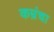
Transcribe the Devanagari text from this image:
कम्रंचा